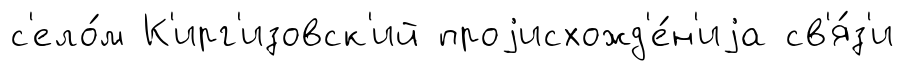
с'ело́м К'ирг'изовск'ий проjисхожд'е́н'иjа св'я́з'и